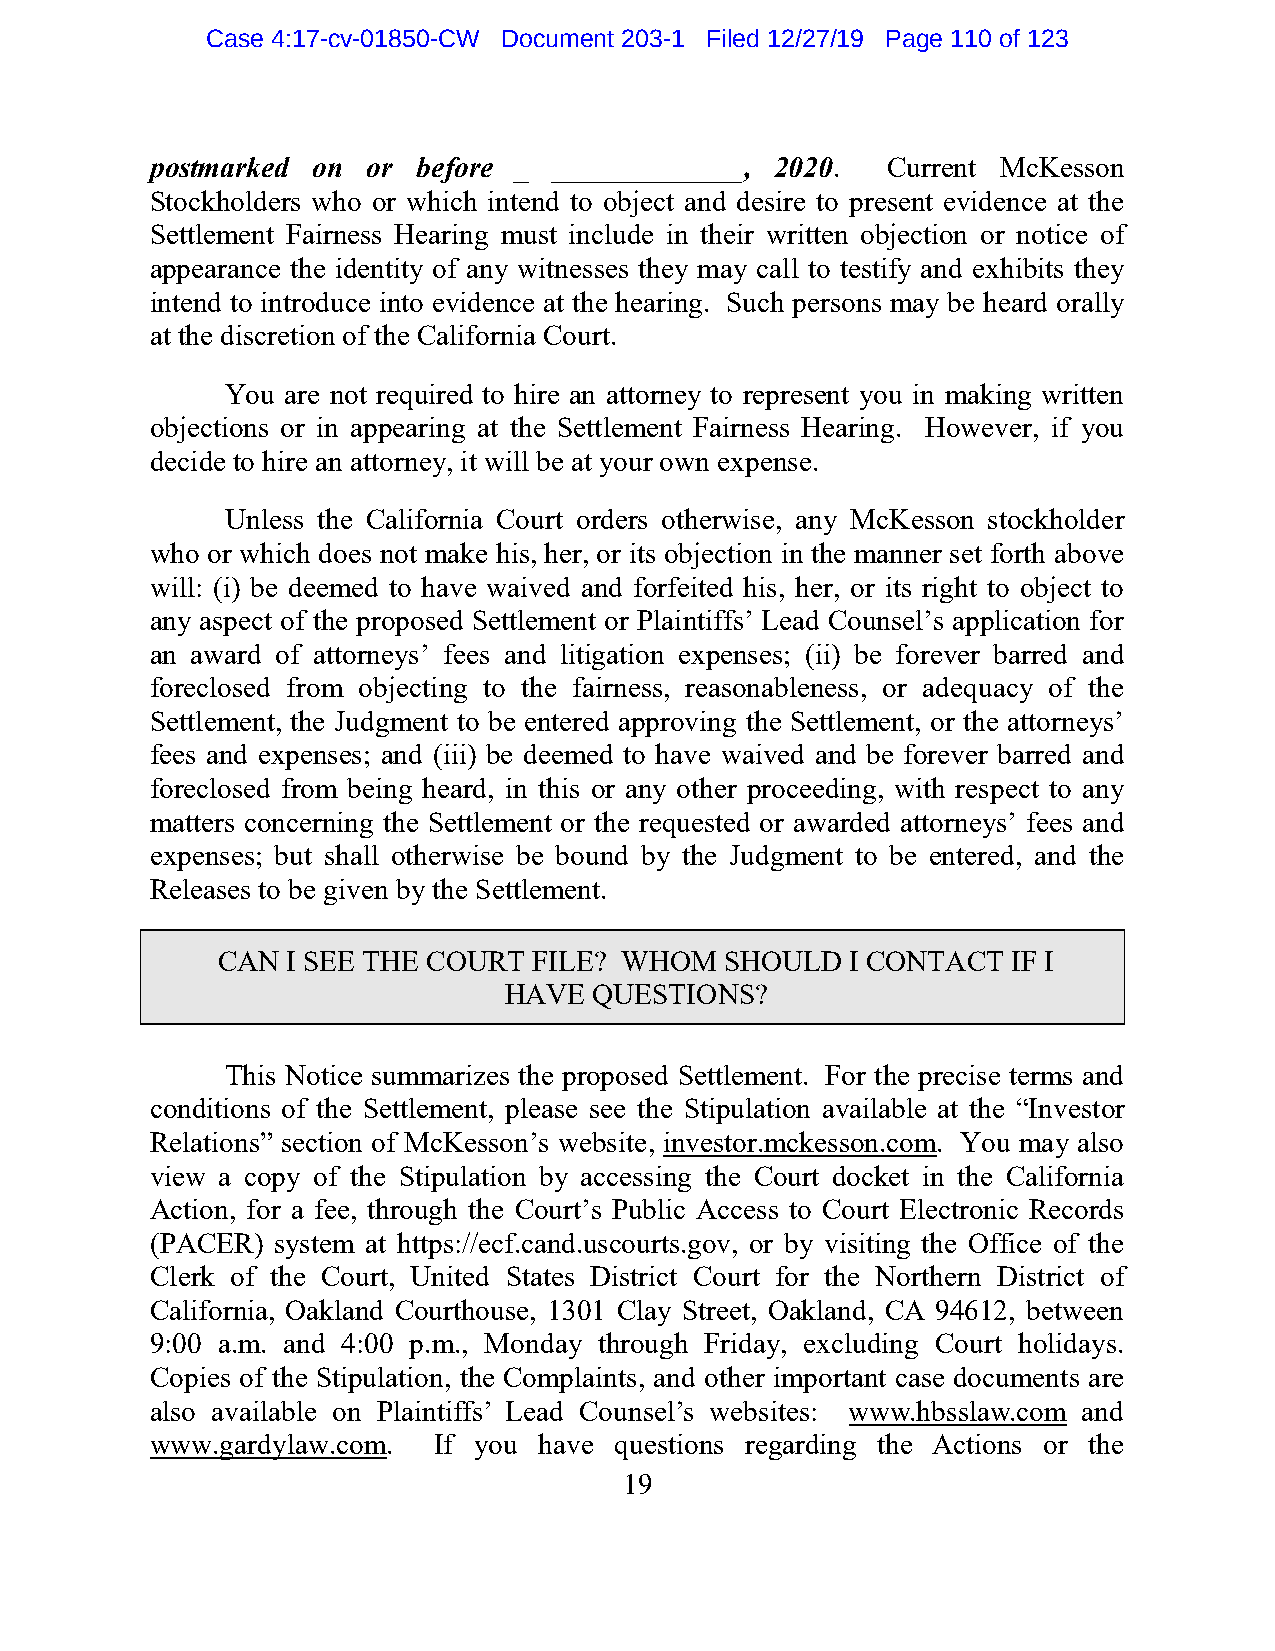
Case 4:17-cv-01850-CW Document 203-1 Filed 12/27/19 Page 110 of 123
 postmarked on or  before _ _____________, 2020.  Current McKesson
 Stockholders who or which intend to object and desire to present evidence at the
 Settlement Fairness Hearing must include in their written objection or notice of
 appearance the identity of any witnesses they may call to testify and exhibits they
 intend to introduce into evidence at the hearing. Such persons may be heard orally
 at the discretion of the California Court.
 You are not required to hire an attorney to represent you in making written
 objections or in appearing at the Settlement Fairness Hearing. However, if you
 decide to hire an attorney, it will be at your own expense.
 Unless the California Court orders otherwise, any McKesson stockholder
 who or which does not make his, her, or its objection in the manner set forth above
 will: (i) be deemed to have waived and forfeited his, her, or its right to object to
 any aspect of the proposed Settlement or Plaintiffs’ Lead Counsel’s application for
 an award of attorneys’ fees and litigation expenses; (ii) be forever barred and
 foreclosed from objecting to the fairness, reasonableness, or adequacy of the
 Settlement, the Judgment to be entered approving the Settlement, or the attorneys’
 fees and expenses; and (iii) be deemed to have waived and be forever barred and
 foreclosed from being heard, in this or any other proceeding, with respect to any
 matters concerning the Settlement or the requested or awarded attorneys’ fees and
 expenses; but shall otherwise be bound by the Judgment to be entered, and the
 Releases to be given by the Settlement.
 CAN  I SEE THE COURT FILE? WHOM   SHOULD  I CONTACT  IF I
 HAVE  QUESTIONS?
 This Notice summarizes the proposed Settlement. For the precise terms and
 conditions of the Settlement, please see the Stipulation available at the “Investor
 Relations” section of McKesson’s website, investor.mckesson.com. You may also
 view a copy of the Stipulation by accessing the Court docket in the California
 Action, for a fee, through the Court’s Public Access to Court Electronic Records
 (PACER) system at https://ecf.cand.uscourts.gov, or by visiting the Office of the
 Clerk of the Court, United States District Court for the Northern District of
 California, Oakland Courthouse, 1301 Clay Street, Oakland, CA 94612, between
 9:00 a.m. and 4:00 p.m., Monday through Friday, excluding Court holidays.
 Copies of the Stipulation, the Complaints, and other important case documents are
 also available on Plaintiffs’ Lead Counsel’s websites: www.hbsslaw.com and
 www.gardylaw.com.  If you have questions regarding the Actions or the
 19